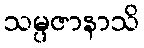
သမ္ပဇာနာသိ